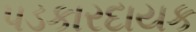
પડકારદાયક